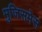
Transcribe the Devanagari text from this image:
मुजिसमेस